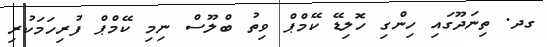
ގދ. ތިނަދޫގައި ހިންގި ހޮލިޑޭ ކޭމްޕް ވިތު ބްލޫސް ނިމި ކޭމްޕް ފުރިހަމަކުރި